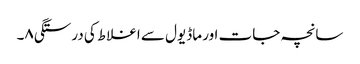
سانچہ جات اور ماڈیول سے اغلاط کی درستگی۸۔